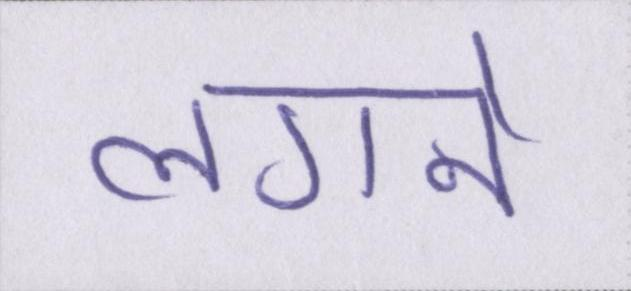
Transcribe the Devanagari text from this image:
लगने